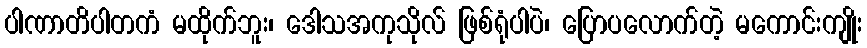
ပါဏာတိပါတကံ မထိုက်ဘူး၊ ဒေါသအကုသိုလ် ဖြစ်ရုံပါပဲ၊ ပြောပလောက်တဲ့ မကောင်းကျိုး